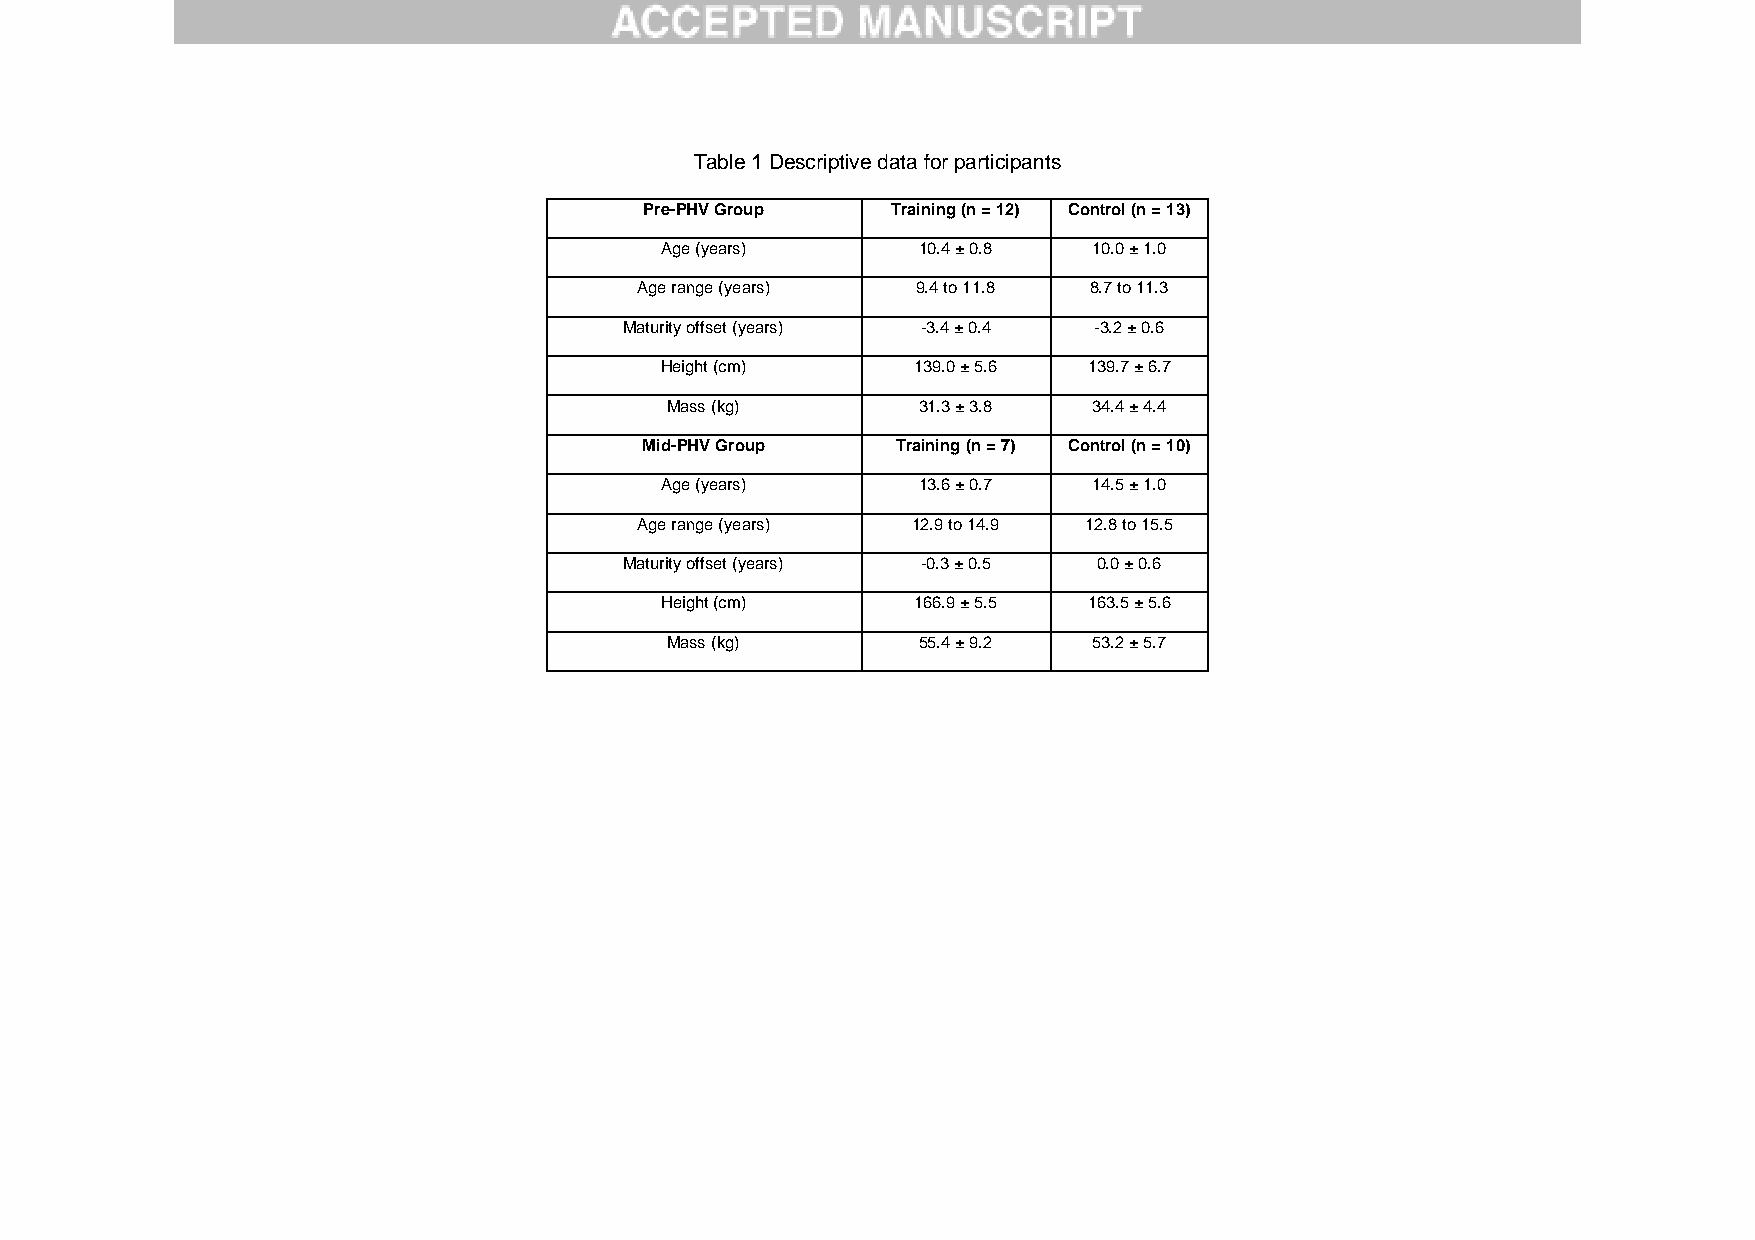
Table 1 Descriptive data for participants
 Pre-PHV Group   Training (n = 12) Control (n = 13)
 Age (years)      10.4 ± 0.8 10.0 ± 1.0
 Age range (years)  9.4 to 11.8 8.7 to 11.3
 Maturity offset (years) -3.4 ± 0.4 -3.2 ± 0.6
 Height (cm)      139.0 ± 5.6 139.7 ± 6.7
 Mass (kg)        31.3 ± 3.8 34.4 ± 4.4
 Mid-PHV Group   Training (n = 7) Control (n = 10)
 Age (years)      13.6 ± 0.7 14.5 ± 1.0
 Age range (years) 12.9 to 14.9 12.8 to 15.5
 Maturity offset (years) -0.3 ± 0.5 0.0 ± 0.6
 Height (cm)      166.9 ± 5.5 163.5 ± 5.6
 Mass (kg)        55.4 ± 9.2 53.2 ± 5.7